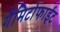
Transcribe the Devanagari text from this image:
गैमिटोफाईट